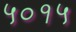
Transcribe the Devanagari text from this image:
५०१५